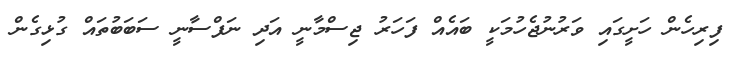
ފިރިހެން ހަށީގައި ވަރުނުޖެހުމަކީ ބައެއް ފަހަރު ޖިސްމާނީ އަދި ނަފްސާނީ ސަބަބުތައް ގުޅިގެން